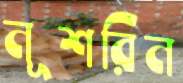
নূশরিন